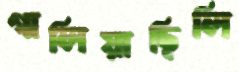
গালিয়াছিলি